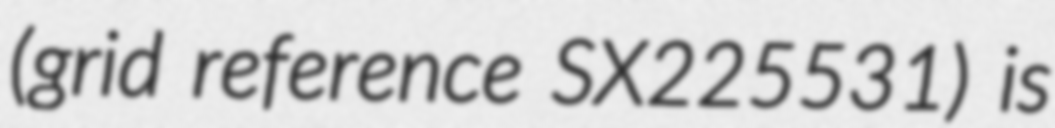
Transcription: (grid reference SX225531) is